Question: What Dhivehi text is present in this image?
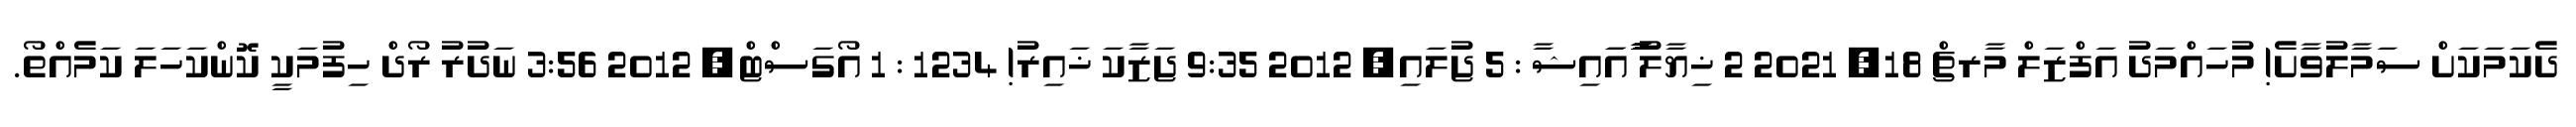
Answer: ދެކަމަކަށް ސަމާލުވާށެ! މުހައްމަދު އަފްޒަލް މާރޗް 18, 2021 2 ޚިޔާލު ަަަަަަާާާައަައިޝާ : 5 ޖުލައި, 2012 9:35 ޖަޒާކަ ޚައިރު! 1234 : 1 އޯގަސްޓް, 2012 3:56 ނަދުރު ރޯދް ހިފުމަކީ ކޮންކަހަލަ ކަމެއްތޯ.